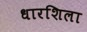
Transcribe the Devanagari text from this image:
धारशिला